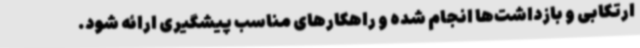
ارتکابی و بازداشت‌ها انجام شده و راهکارهای مناسب پیشگیری ارائه شود.